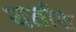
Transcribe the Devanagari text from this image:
यतीश